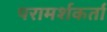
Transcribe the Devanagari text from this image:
परामर्शकर्ता